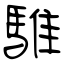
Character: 騅